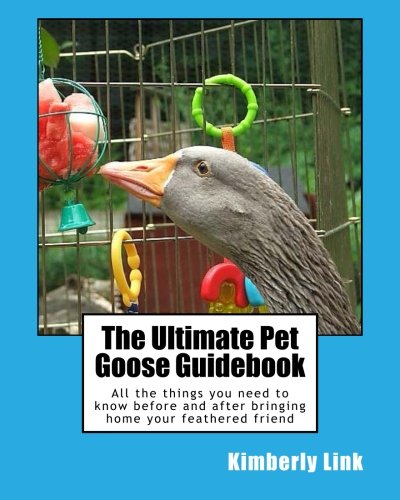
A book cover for The Ultimate Pet Goose Guidebook: All the things you need to know before and after bringing home your feathered friend; Kimberly Link; Crafts, Hobbies & Home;